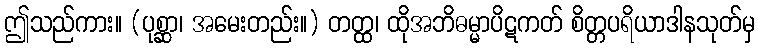
ဤသည်ကား။ (ပုစ္ဆာ၊ အမေးတည်း။) တတ္ထ၊ ထိုအဘိဓမ္မာပိဋကတ် စိတ္တပရိယာဒါနသုတ်မှ